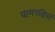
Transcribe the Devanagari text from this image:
वामपक्षियों